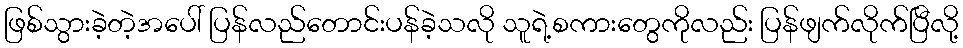
ဖြစ်သွားခဲ့တဲ့အပေါ် ပြန်လည်တောင်းပန်ခဲ့သလို သူရဲ့စကားတွေကိုလည်း ပြန်ဖျက်လိုက်ပြီလို့